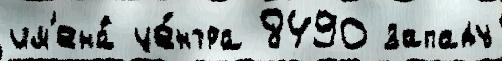
им'ена́ це́нтра 8490 западу